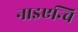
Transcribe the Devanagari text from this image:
नाइएन्चि